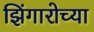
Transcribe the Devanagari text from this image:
झिंगारोच्या